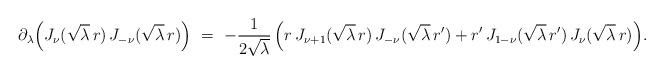
LaTeX: \begin{align*} \partial_\lambda \Big ( J_{\nu}(\sqrt{\lambda}\, r) \, J_{-\nu}(\sqrt{\lambda}\, r) \Big ) \ = \ -\frac{1}{2\sqrt{\lambda}}\, \Big(r\, J_{\nu+1}(\sqrt{\lambda}\, r)\, J_{-\nu}(\sqrt{\lambda}\, r') + r'\, J_{1-\nu}(\sqrt{\lambda}\, r')\, J_{\nu}(\sqrt{\lambda}\, r) \Big). \end{align*}